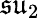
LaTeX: {\mathfrak{su}}_{2}